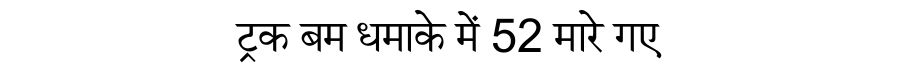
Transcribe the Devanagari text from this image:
ट्रक बम धमाके में 52 मारे गए